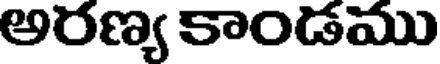
అరణ్య కాండము